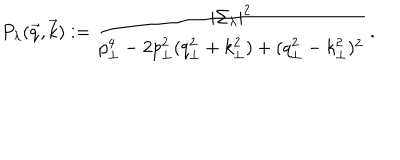
P _ { \lambda } ( \vec { q } , \vec { k } ) : = { \frac { | \Sigma _ { \lambda } | ^ { 2 } } { p _ { \perp } ^ { 4 } - 2 p _ { \perp } ^ { 2 } ( q _ { \perp } ^ { 2 } + k _ { \perp } ^ { 2 } ) + ( q _ { \perp } ^ { 2 } - k _ { \perp } ^ { 2 } ) ^ { 2 } } } \, .